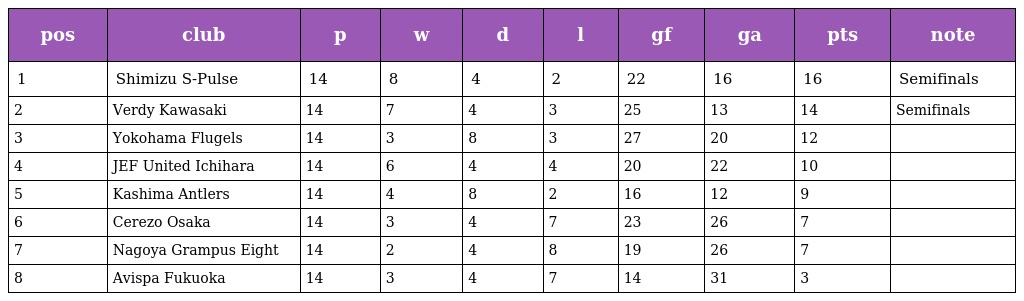
| pos | club | p | w | d | l | gf | ga | pts | note |
 | --- | --- | --- | --- | --- | --- | --- | --- | --- | --- |
 | 1 | Shimizu S-Pulse | 14 | 8 | 4 | 2 | 22 | 16 | 16 | Semifinals |
 | 2 | Verdy Kawasaki | 14 | 7 | 4 | 3 | 25 | 13 | 14 | Semifinals |
 | 3 | Yokohama Flugels | 14 | 3 | 8 | 3 | 27 | 20 | 12 |  |
 | 4 | JEF United Ichihara | 14 | 6 | 4 | 4 | 20 | 22 | 10 |  |
 | 5 | Kashima Antlers | 14 | 4 | 8 | 2 | 16 | 12 | 9 |  |
 | 6 | Cerezo Osaka | 14 | 3 | 4 | 7 | 23 | 26 | 7 |  |
 | 7 | Nagoya Grampus Eight | 14 | 2 | 4 | 8 | 19 | 26 | 7 |  |
 | 8 | Avispa Fukuoka | 14 | 3 | 4 | 7 | 14 | 31 | 3 |  |